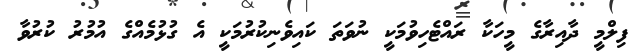
ފިލްމީ ދާއިރާގެ މީހަކާ ރައްޓެހިވުމަކީ ނުވަތަ ކައިވެނިކުރުމަކީ އެ ގުޅުމެއްގެ އުމުރު ކުރުވާ